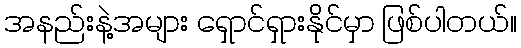
အနည်းနဲ့အများ ရှောင်ရှားနိုင်မှာ ဖြစ်ပါတယ်။